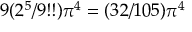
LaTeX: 9 ( 2 ^ { 5 } / 9 ! ! ) \pi ^ { 4 } = ( 3 2 / 1 0 5 ) \pi ^ { 4 }